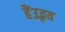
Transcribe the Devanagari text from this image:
हैंउद्भव